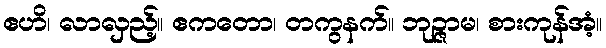
ဧဟိ၊ လာလှည့်။ ဧကတော၊ တကွနက်။ ဘုဉ္ဇာမ၊ စားကုန်အံ့။